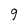
Character: q